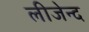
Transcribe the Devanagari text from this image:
लीजेन्द